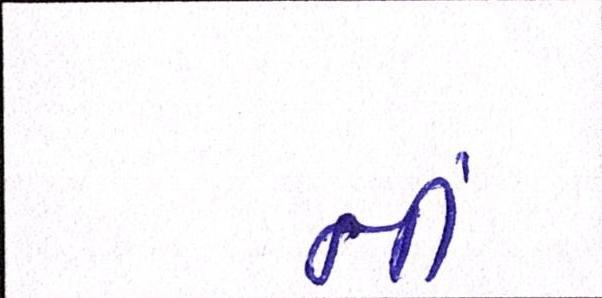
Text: નીં